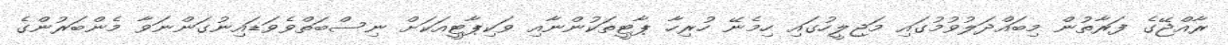
ރާއްޖޭގެ ފަރާތުން މިބައްދަލުވުމުގައި މަޖިލީހުގައި ހިމެނޭ ހުރިހާ ޕާޓީތަކުންނާއި ވަކިޕާޓީއަކަށް ނިސްބަތްވެވަޑައިނުގަންނަވާ މެންބަރުންގެ